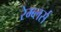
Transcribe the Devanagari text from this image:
रेम्ब्लर्स